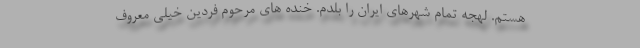
هستم. لهجه تمام شهرهاى ايران را بلدم. خنده هاى مرحوم فردين خيلى معروف